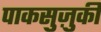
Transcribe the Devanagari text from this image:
पाकसुज़ुकी